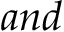
a n d